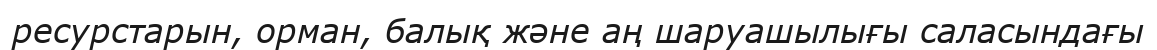
ресурстарын, орман, балық және аң шаруашылығы саласындағы